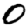
Digit: 0